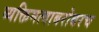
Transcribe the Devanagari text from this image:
व्यक्तिमत्वाबरोबरच